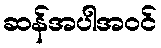
ဆန်အပါအဝင်